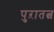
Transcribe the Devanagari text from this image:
पुऱातत्व